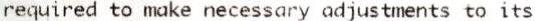
REQUIRED TO MAKE NECESSARY ADJUSTMENTS TO ITS